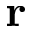
\mathbf { r }